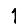
Digit: 1